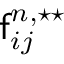
\mathsf { f } _ { i j } ^ { n , \star \star }